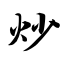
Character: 炒